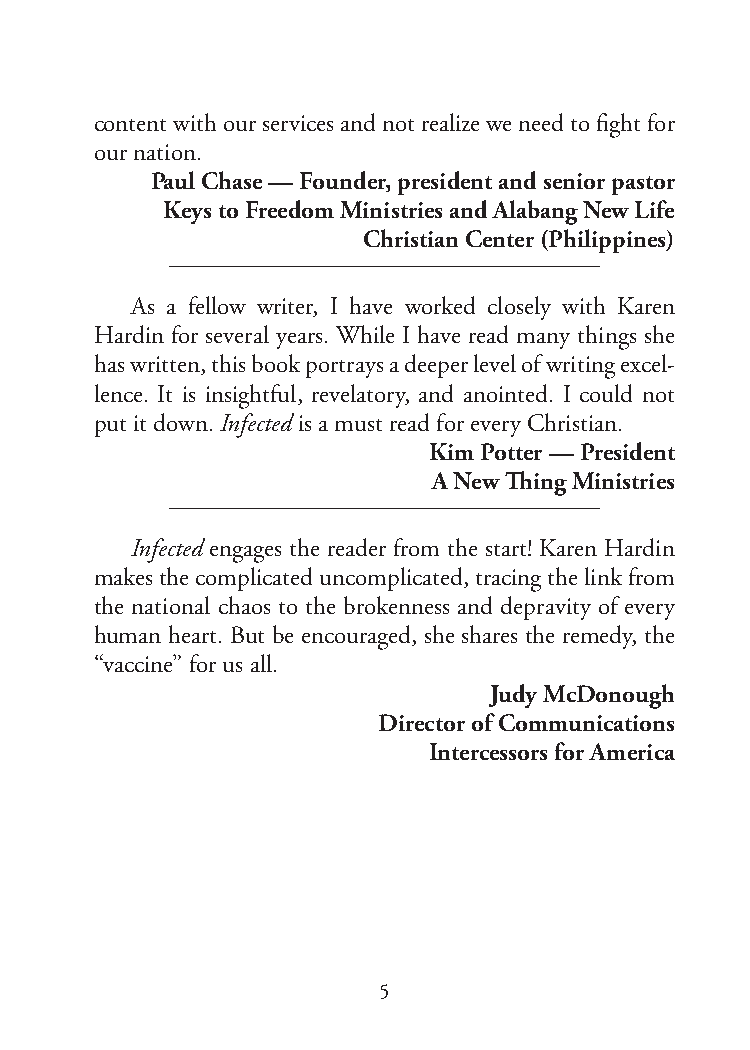
content with our services and not realize we need to fight for
 our nation.
 Paul Chase — Founder, president and senior pastor
 Keys to Freedom Ministries and Alabang New Life
 Christian Center (Philippines)
 As a fellow writer, I have worked closely with Karen
 Hardin for several years. While I have read many things she
 has written, this book portrays a deeper level of writing excel-
 lence. It is insightful, revelatory, and anointed. I could not
 put it down. Infected is a must read for every Christian.
 Kim Potter — President
 A New Thing Ministries
 Infected engages the reader from the start! Karen Hardin
 makes the complicated uncomplicated, tracing the link from
 the national chaos to the brokenness and depravity of every
 human heart. But be encouraged, she shares the remedy, the
 “vaccine” for us all.
 Judy McDonough
 Director of Communications
 Intercessors for America
 5